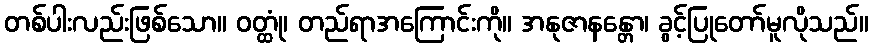
တစ်ပါးလည်းဖြစ်သော။ ဝတ္ထုံ၊ တည်ရာအကြောင်းကို။ အနုဇာနန္တော၊ ခွင့်ပြုတော်မူလိုသည်။